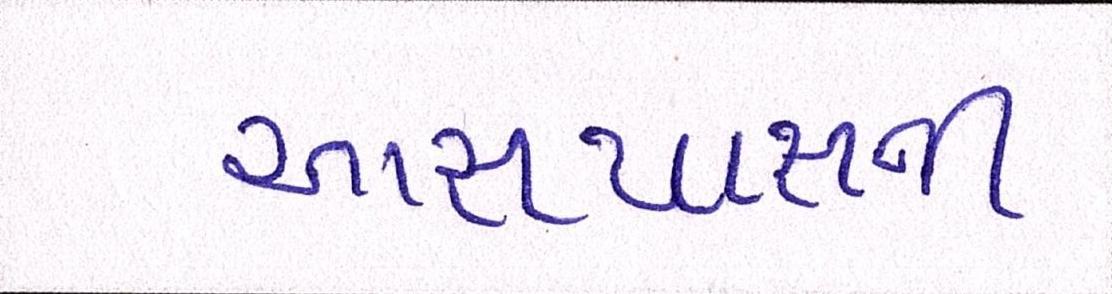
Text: આસપાસની